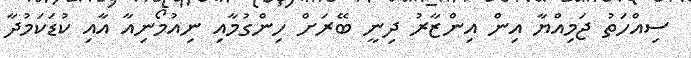
ސިއްހަތު ޖަމިއްޔާ އިން އިންޒާރު ދިނީ ބޭރަށް ހިންގުމާއި ނިއުމޯނިއާ އާއި ކުޑަކަމުދާ